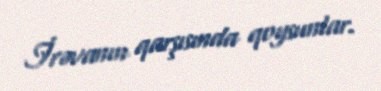
İrəvanın qarşısında qoysunlar.